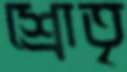
শ্রোতৃ